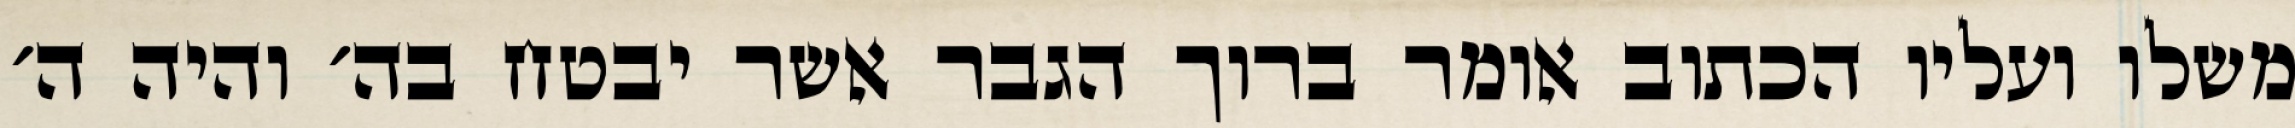
משלו ועליו הכתוב אומר ברוך הגבר אשר יבטח בה׳ והיה ה׳